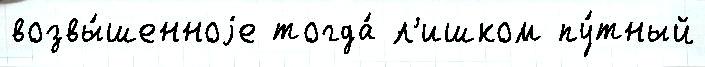
возвы́шенноjе тогда́ л'ишком пу́тный